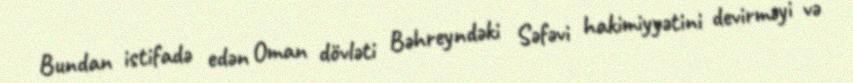
Bundan istifadə edən Oman dövləti Bəhreyndəki Səfəvi hakimiyyətini devirməyi və